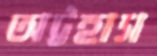
অট্টহাস